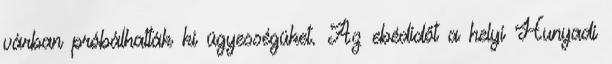
várban próbálhatták ki ügyességüket. Az ebédidőt a helyi Hunyadi